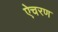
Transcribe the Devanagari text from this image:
ऐचरण